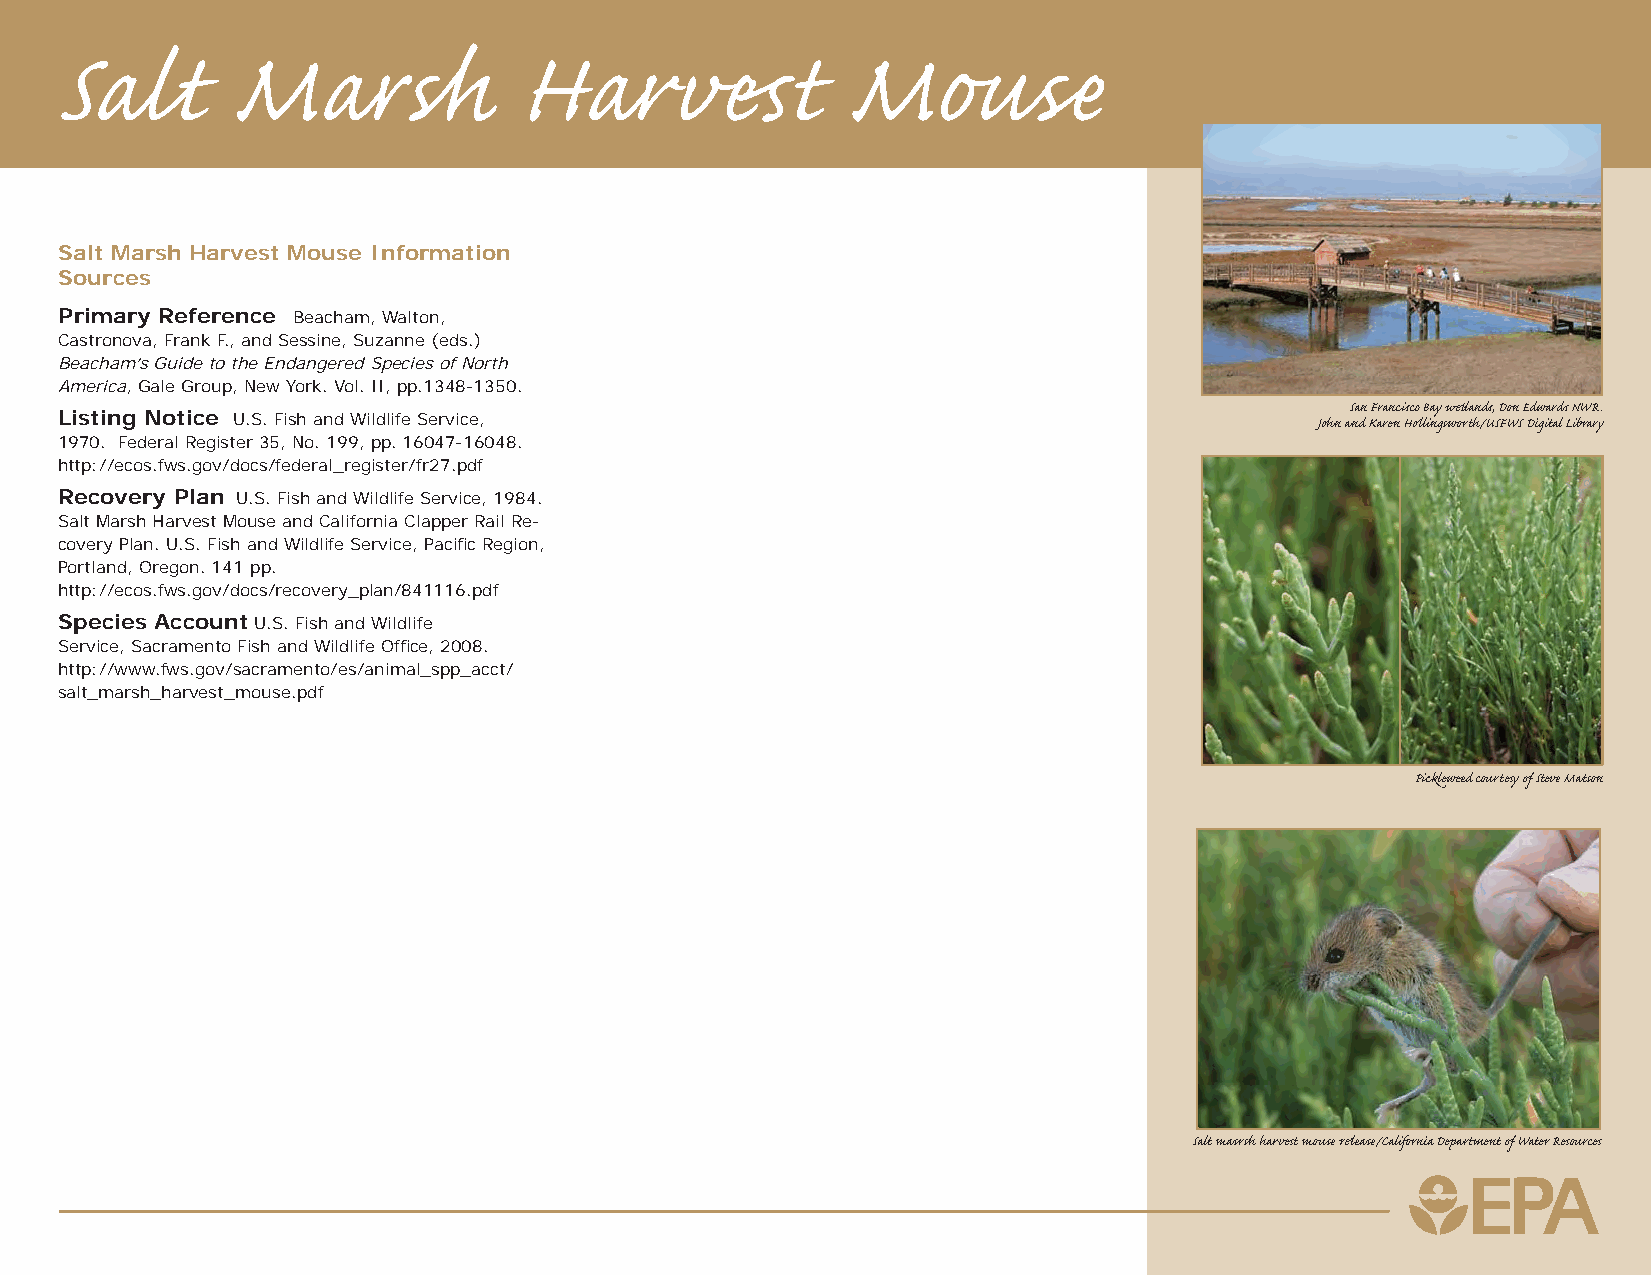
Salt       Marsh              Harves            t   Mouse
 Salt Marsh Harvest Mouse Information
 Sources
 Primary Reference Beacham, Walton,
 Castronova, Frank F., and Sessine, Suzanne (eds.)
 Beacham’s Guide to the Endangered Species of North
 America, Gale Group, New York. Vol. II, pp.1348-1350.
 San Francisco Bay wetlands, Don Edwards NWR.
 Listing Notice U.S. Fish and Wildlife Service,                                     John and Karen Hollingsworth/USFWS Digital Library
 1970. Federal Register 35, No. 199, pp. 16047-16048.
 http://ecos.fws.gov/docs/federal_register/fr27.pdf
 Recovery Plan U.S. Fish and Wildlife Service, 1984.
 Salt Marsh Harvest Mouse and California Clapper Rail Re-
 covery Plan. U.S. Fish and Wildlife Service, Pacifi c Region,
 Portland, Oregon. 141 pp.
 http://ecos.fws.gov/docs/recovery_plan/841116.pdf
 Species Account U.S. Fish and Wildlife
 Service, Sacramento Fish and Wildlife Office, 2008.
 http://www.fws.gov/sacramento/es/animal_spp_acct/
 salt_marsh_harvest_mouse.pdf
 Pickleweed courtes y of Steve Matson
 Salt masrsh harvest mouse release/California Department of Water Res ources